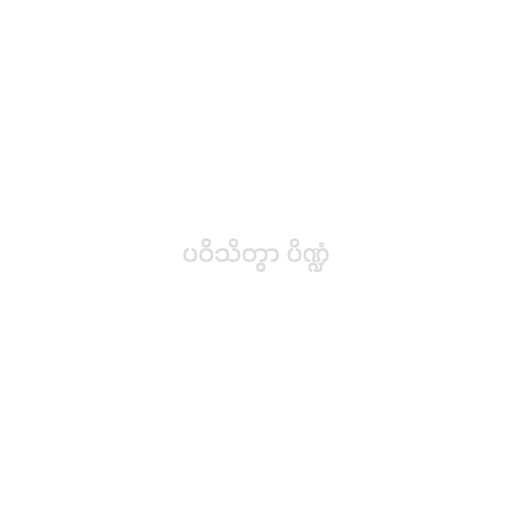
ပဝိသိတွာ ပိဏ္ဍံ